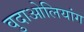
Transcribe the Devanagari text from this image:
वुदाओलियांग